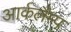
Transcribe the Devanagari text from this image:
आर्कलैम्प